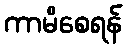
ကာမိစေရန်